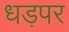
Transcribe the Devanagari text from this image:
धड़पर